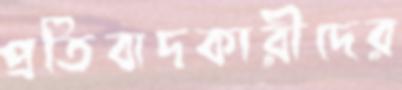
প্রতিবাদকারীদের